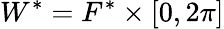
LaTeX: W^{*}=F^{*}\times[0,2\pi]